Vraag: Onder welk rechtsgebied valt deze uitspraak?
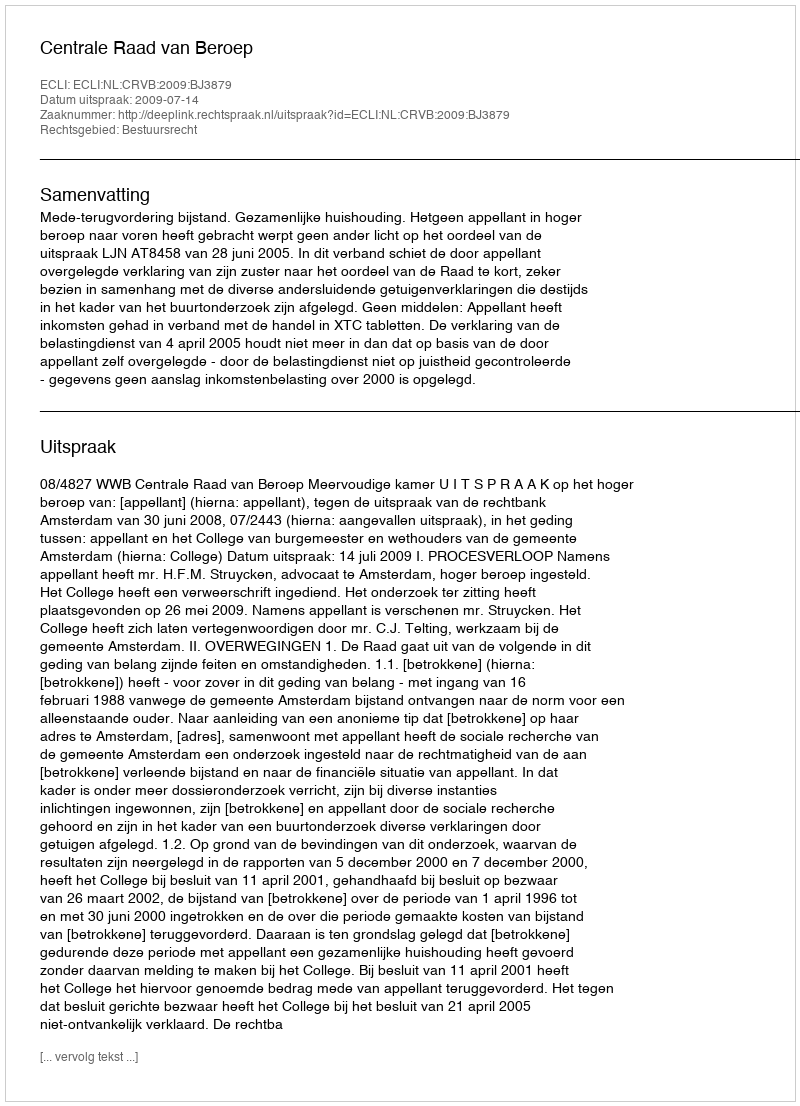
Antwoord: Bestuursrecht